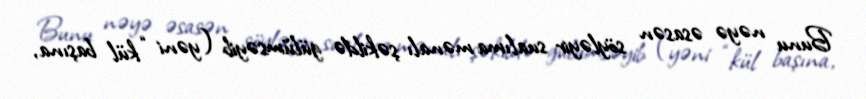
Bunu nəyə əsasən söyləyir sualıma mənalı şəkildə gülümsəyib (yəni “kül başına,